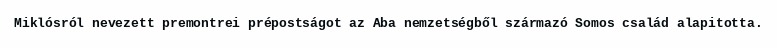
Miklósról nevezett premontrei prépostságot az Aba nemzetségből származó Somos család alapitotta.